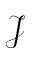
\mathcal { J }